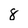
Character: 8